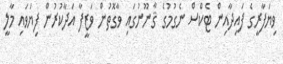
ވިޔަފާރީގެ ފައިދާއިން ޓެކްސް ނެގުމުގެ ޤާނޫނުގައި ވާގޮތުން ވަޒީފާ އަދާކުރުން ފިޔަވައި މާލީ